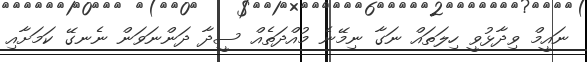
ނައީމް ވިދާޅުވީ ހިލަތައް ނަގާ ނިމޭނެ މުއްދަތެއް ސީދާ ދަންނަވަން ނެނގޭ ކަމަށާއި